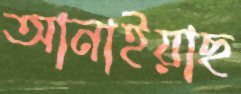
আনাইয়াছ